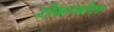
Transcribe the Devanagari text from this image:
रोमाञोल